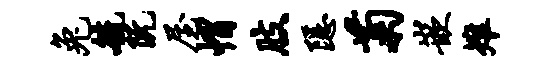
兔毓阮屋帽肢隐菊嵌雉